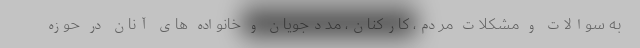
به سوالات و مشکلات مردم، کارکنان، مددجویان و خانواده های آنان در حوزه